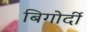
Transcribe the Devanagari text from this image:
बिगोर्दी